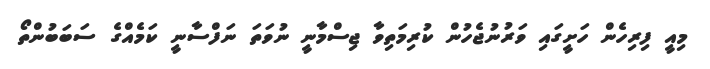
މިއީ ފިރިހެން ހަށީގައި ވަރުނުޖެހުން ކުރިމަތިވާ ޖިސްމާނީ ނުވަތަ ނަފްސާނީ ކަމެއްގެ ސަބަބުންތޯ